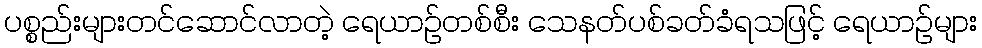
ပစ္စည်းများတင်ဆောင်လာတဲ့ ရေယာဉ်တစ်စီး သေနတ်ပစ်ခတ်ခံရသဖြင့် ရေယာဉ်များ